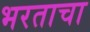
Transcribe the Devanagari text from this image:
भरताचा